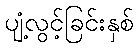
ပျံ့လွင့်ခြင်းနှစ်